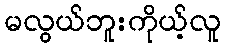
မလွယ်ဘူးကိုယ့်လူ